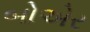
બોએર